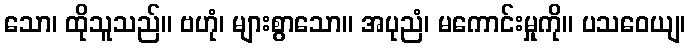
သော၊ ထိုသူသည်။ ဗဟုံ၊ များစွာသော။ အပုညံ၊ မကောင်းမှုကို။ ပသဝေယျ၊